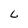
Character: L